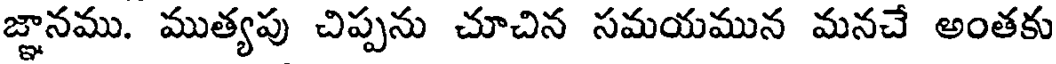
జ్ఞానము. ముత్యపు చిప్పను చూచిన సమయమున మనచే అంతకు